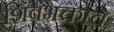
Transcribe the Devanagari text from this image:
शिवभक्तांचे